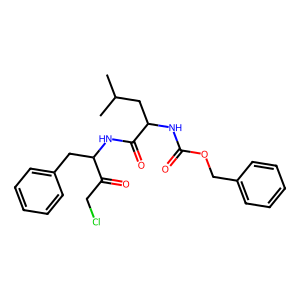
SMILES: CC(C)CC(NC(=O)OCc1ccccc1)C(=O)NC(Cc1ccccc1)C(=O)CCl
Inhibits HIV replication: No